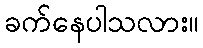
ခက်နေပါသလား။